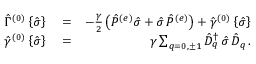
\begin{array} { r l r } { { \hat { \Gamma } } ^ { ( 0 ) } \left\{ { \hat { \sigma } } \right\} } & { { } = } & { - \frac { \gamma } { 2 } \left( { \hat { P } } ^ { ( e ) } { \hat { \sigma } } + { \hat { \sigma } } \, { \hat { P } } ^ { ( e ) } \right) + { \hat { \gamma } } ^ { ( 0 ) } \left\{ { \hat { \sigma } } \right\} } \\ { { \hat { \gamma } } ^ { ( 0 ) } \left\{ { \hat { \sigma } } \right\} } & { { } = } & { \gamma \sum _ { q = 0 , \pm 1 } { \hat { D } } _ { q } ^ { \dagger } \, { \hat { \sigma } } \, { \hat { D } } _ { q } \, . } \end{array}